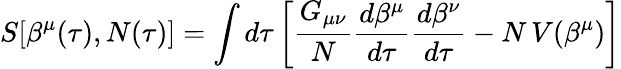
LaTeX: S[\beta^{\mu}(\tau),N(\tau)]=\int d\tau\left[\frac{G_{\mu\nu}}{N}\frac{d\beta^{\mu}}{d\tau}\frac{d\beta^{\nu}}{d\tau}-N\, V(\beta^{\mu})\right]